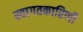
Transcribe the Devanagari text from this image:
स्वागतकारिणी